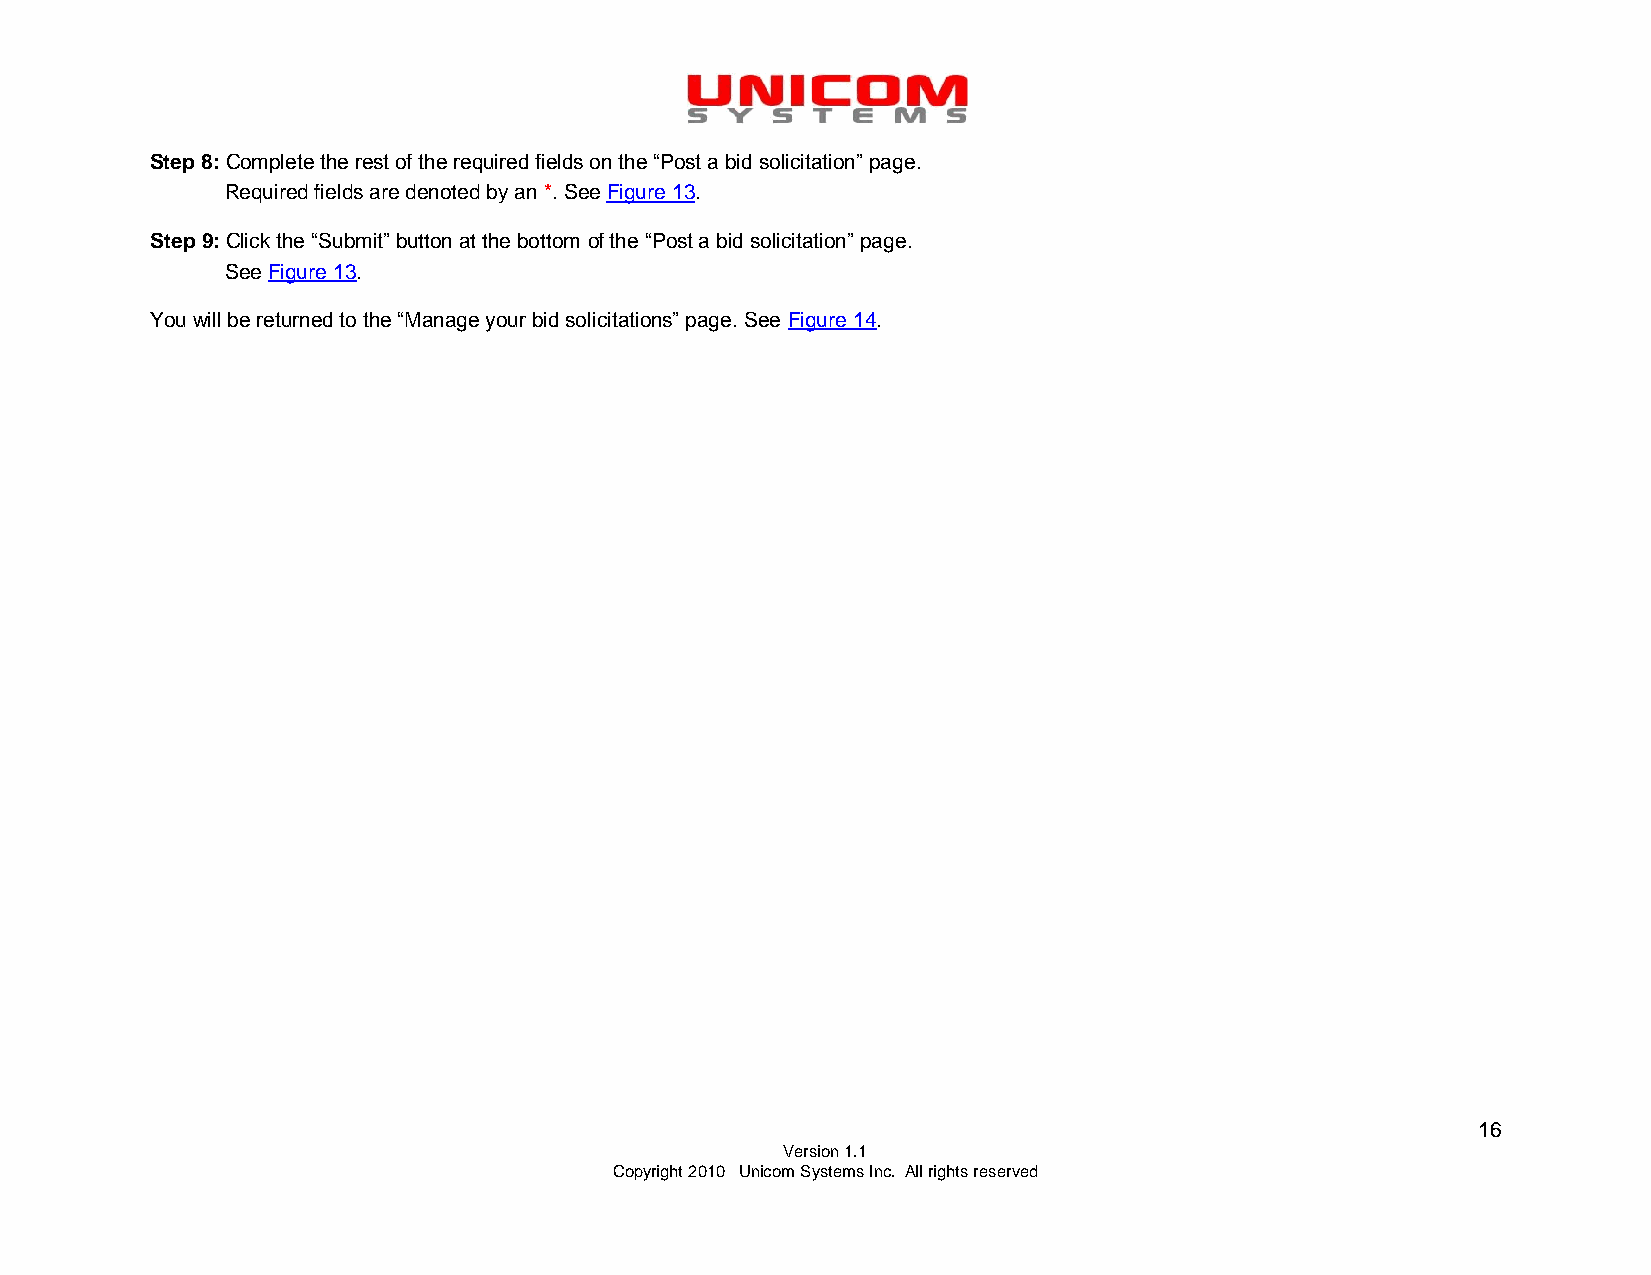
Step 8: Complete the rest of the required fields on the “Post a bid solicitation” page.
 Required fields are denoted by an *. See Figure 13.
 Step 9: Click the “Submit” button at the bottom of the “Post a bid solicitation” page.
 See Figure 13.
 You will be returned to the “Manage your bid solicitations” page. See Figure 14.
 16
 Version 1.1
 Copyright 2010 Unicom Systems Inc. All rights reserved